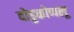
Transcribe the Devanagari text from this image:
दोड्डकोप्पलू